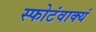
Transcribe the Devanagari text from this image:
स्फोटंवाक्यं